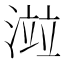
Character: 𣺄